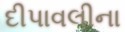
દીપાવલીના